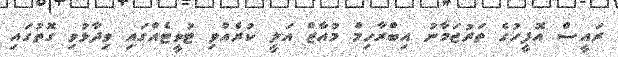
ރައީސް އޮފީހުގެ ތަރުޖަމާނު އިބްރާހިމް މުއާޒް އަލީ ކުރެއްވި ޓުވީޓެއްގައި ވިދާޅުވި ގޮތުގައި